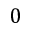
0